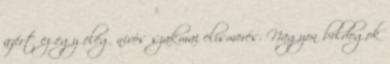
azért ez egy elég nívós szakmai elismerés. Nagyon boldogok